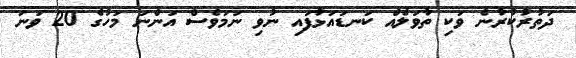
ދަތުރުކުރާނެ ވަކި ތާވަލެއް ކަނޑައަޅާފައި ނުވި ނަމަވެސް އަންނަ މަހުގެ 20 ވަނަ